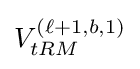
V_{tRM}^{\left(\ell +1,b,1\right)}